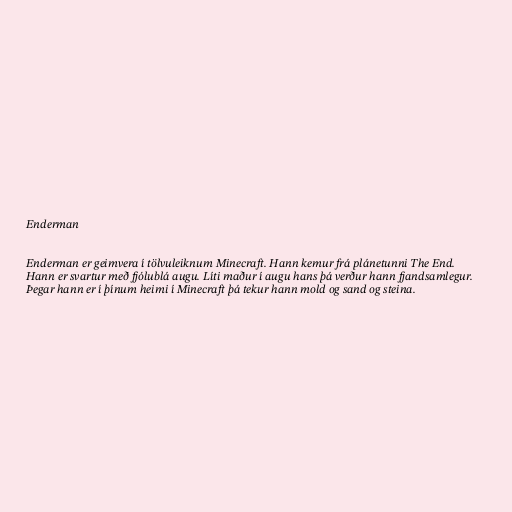
Enderman

Enderman er geimvera í tölvuleiknum Minecraft. Hann kemur frá plánetunni The End.
Hann er svartur með fjólublá augu. Líti maður í augu hans þá verður hann fjandsamlegur.
Þegar hann er í þínum heimi í Minecraft þá tekur hann mold og sand og steina.